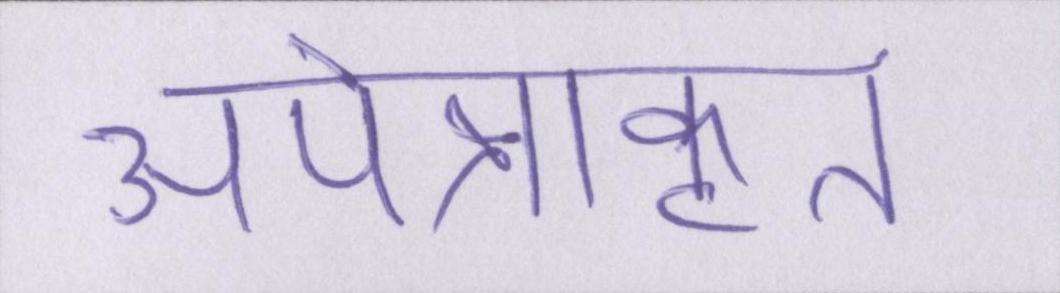
अपेक्षाकृत